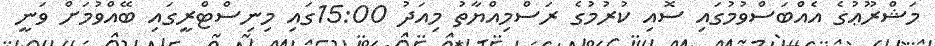
މަޝްރޫޢުގެ އެއްބަސްވުމުގައި ސޮއި ކުރުމުގެ ރަސްމިއްޔާތު މިއަދު 15:00ގައި މިނިސްޓްރީގައި ބޭއްވުމަށް ވަނީ